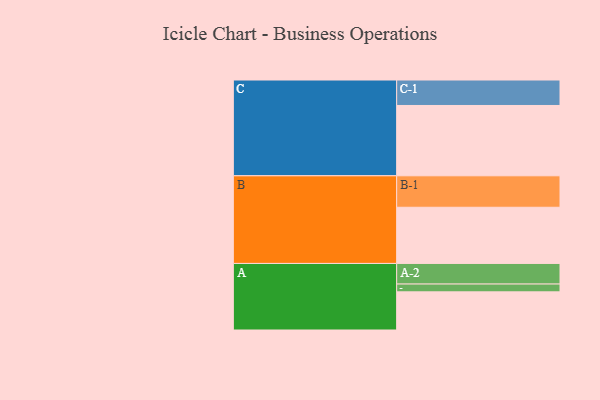
{"axis": {"x": "Segment", "y": "Value"}, "legend": ["", "A", "B", "C"], "data": [{"x": "A", "y": 313, "type": ""}, {"x": "B", "y": 461, "type": ""}, {"x": "C", "y": 577, "type": ""}, {"x": "A-1", "y": 64, "type": "A"}, {"x": "A-2", "y": 169, "type": "A"}, {"x": "B-1", "y": 258, "type": "B"}, {"x": "C-1", "y": 209, "type": "C"}]}